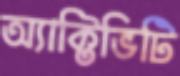
অ্যাক্টিভিটি